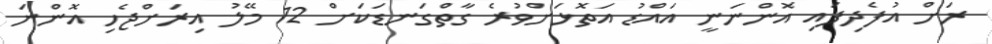
ރަށް އުފެދިފައި އޮންނަނީ އައްޑު އަތޮޅަށްވުރެ ގާތްގަނޑަކަށް 12 މޭލު އިރަށްޖެހި އޮންނަ